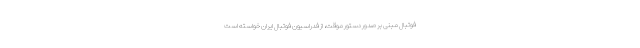
فوتبال مبنی بر صدور دستور موقت، از فدراسیون فوتبال ایران خواسته است